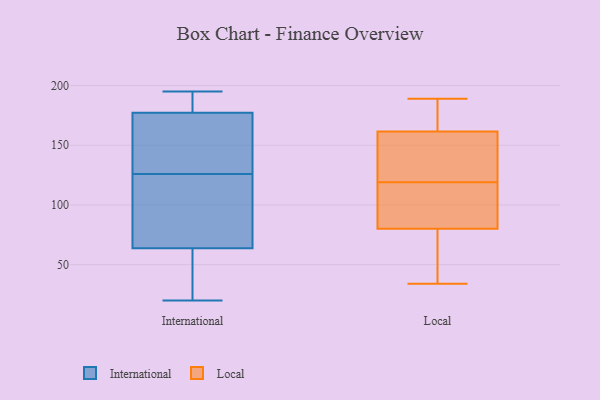
{"axis": {"x": "Customer Acquisition Cost (USD)", "y": "Value"}, "legend": ["International", "Local"], "data": [{"x": "", "y": 121, "type": "International"}, {"x": "", "y": 87, "type": "International"}, {"x": "", "y": 113, "type": "International"}, {"x": "", "y": 33, "type": "International"}, {"x": "", "y": 157, "type": "International"}, {"x": "", "y": 45, "type": "International"}, {"x": "", "y": 186, "type": "International"}, {"x": "", "y": 138, "type": "International"}, {"x": "", "y": 184, "type": "International"}, {"x": "", "y": 20, "type": "International"}, {"x": "", "y": 126, "type": "International"}, {"x": "", "y": 144, "type": "International"}, {"x": "", "y": 195, "type": "International"}, {"x": "", "y": 56, "type": "International"}, {"x": "", "y": 193, "type": "International"}, {"x": "", "y": 189, "type": "Local"}, {"x": "", "y": 94, "type": "Local"}, {"x": "", "y": 129, "type": "Local"}, {"x": "", "y": 126, "type": "Local"}, {"x": "", "y": 65, "type": "Local"}, {"x": "", "y": 59, "type": "Local"}, {"x": "", "y": 119, "type": "Local"}, {"x": "", "y": 168, "type": "Local"}, {"x": "", "y": 54, "type": "Local"}, {"x": "", "y": 151, "type": "Local"}, {"x": "", "y": 179, "type": "Local"}, {"x": "", "y": 83, "type": "Local"}, {"x": "", "y": 34, "type": "Local"}, {"x": "", "y": 126, "type": "Local"}, {"x": "", "y": 165, "type": "Local"}, {"x": "", "y": 80, "type": "Local"}, {"x": "", "y": 80, "type": "Local"}, {"x": "", "y": 176, "type": "Local"}, {"x": "", "y": 99, "type": "Local"}]}